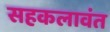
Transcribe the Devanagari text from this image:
सहकलावंत